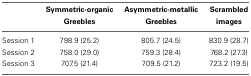
<table><thead><tr><td></td><td><b>Symmetric-organic Greebles</b></td><td><b>Asymmetric-metallic Greebles</b></td><td><b>Scrambled images</b></td></tr></thead><tbody><tr><td>Session 1</td><td>798.9 (25.2)</td><td>805.7 (24.5)</td><td>830.9 (28.7)</td></tr><tr><td>Session 2</td><td>758.0 (29.0)</td><td>759.3 (28.4)</td><td>768.2 (27.3)</td></tr><tr><td>Session 3</td><td>707.5 (21.4)</td><td>709.5 (21.2)</td><td>723.2 (19.5)</td></tr></tbody></table>